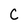
Character: c